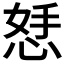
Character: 𪫾